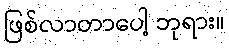
ဖြစ်လာတာပေါ့ ဘုရား။